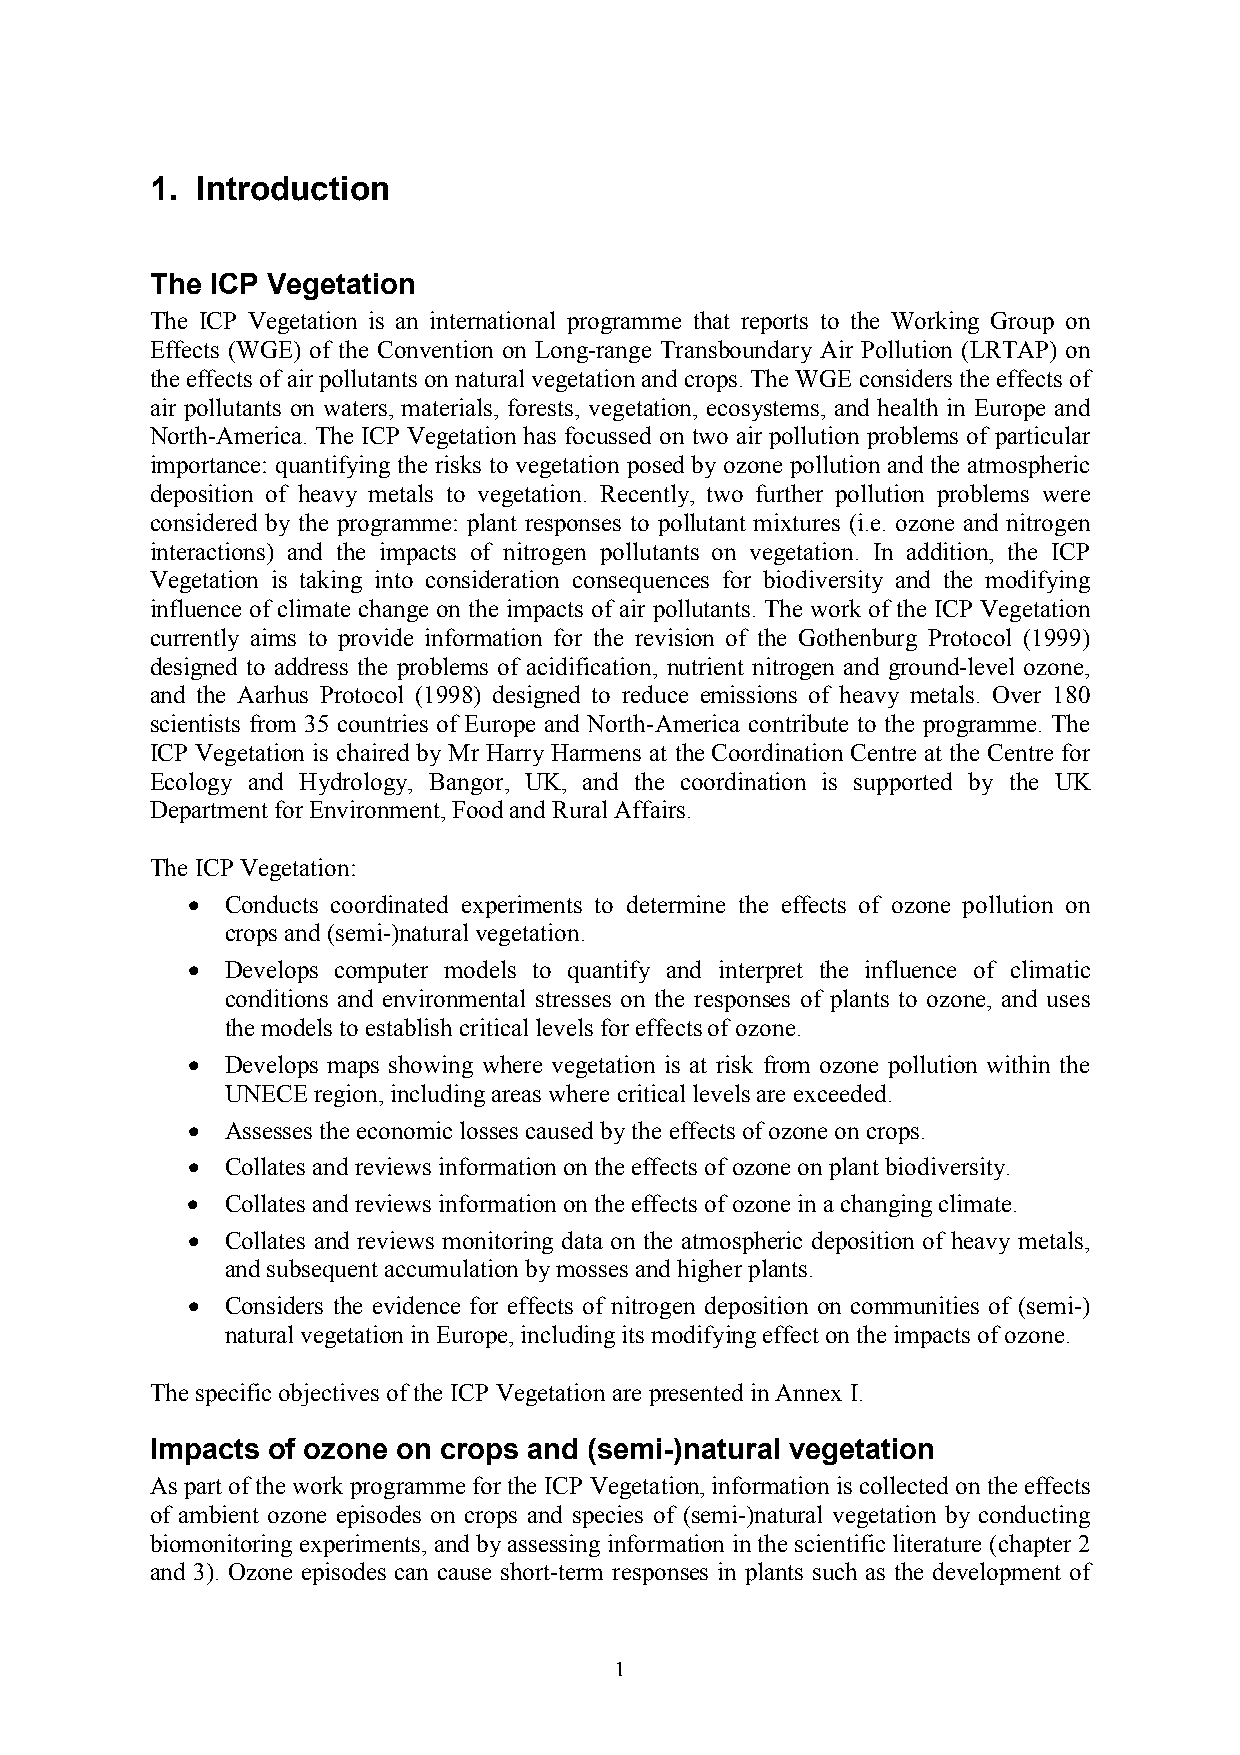
1. Introduction
 The ICP Vegetation
 The ICP Vegetation is an international programme that reports to the Working Group on
 Effects (WGE) of the Convention on Long-range Transboundary Air Pollution (LRTAP) on
 the effects of air pollutants on natural vegetation and crops. The WGE considers the effects of
 air pollutants on waters, materials, forests, vegetation, ecosystems, and health in Europe and
 North-America. The ICP Vegetation has focussed on two air pollution problems of particular
 importance: quantifying the risks to vegetation posed by ozone pollution and the atmospheric
 deposition of heavy metals to vegetation. Recently, two further pollution problems were
 considered by the programme: plant responses to pollutant mixtures (i.e. ozone and nitrogen
 interactions) and the impacts of nitrogen pollutants on vegetation. In addition, the ICP
 Vegetation is taking into consideration consequences for biodiversity and the modifying
 influence of climate change on the impacts of air pollutants. The work of the ICP Vegetation
 currently aims to provide information for the revision of the Gothenburg Protocol (1999)
 designed to address the problems of acidification, nutrient nitrogen and ground-level ozone,
 and the Aarhus Protocol (1998) designed to reduce emissions of heavy metals. Over 180
 scientists from 35 countries of Europe and North-America contribute to the programme. The
 ICP Vegetation is chaired by Mr Harry Harmens at the Coordination Centre at the Centre for
 Ecology and Hydrology, Bangor, UK, and the coordination is supported by the UK
 Department for Environment, Food and Rural Affairs.
 The ICP Vegetation:
 •  Conducts coordinated experiments to determine the effects of ozone pollution on
 crops and (semi-)natural vegetation.
 •  Develops computer models to quantify and interpret the influence of climatic
 conditions and environmental stresses on the responses of plants to ozone, and uses
 the models to establish critical levels for effects of ozone.
 •  Develops maps showing where vegetation is at risk from ozone pollution within the
 UNECE region, including areas where critical levels are exceeded.
 •  Assesses the economic losses caused by the effects of ozone on crops.
 •  Collates and reviews information on the effects of ozone on plant biodiversity.
 •  Collates and reviews information on the effects of ozone in a changing climate.
 •  Collates and reviews monitoring data on the atmospheric deposition of heavy metals,
 and subsequent accumulation by mosses and higher plants.
 •  Considers the evidence for effects of nitrogen deposition on communities of (semi-)
 natural vegetation in Europe, including its modifying effect on the impacts of ozone.
 The specific objectives of the ICP Vegetation are presented in Annex I.
 Impacts of ozone on crops and (semi-)natural vegetation
 As part of the work programme for the ICP Vegetation, information is collected on the effects
 of ambient ozone episodes on crops and species of (semi-)natural vegetation by conducting
 biomonitoring experiments, and by assessing information in the scientific literature (chapter 2
 and 3). Ozone episodes can cause short-term responses in plants such as the development of
 1